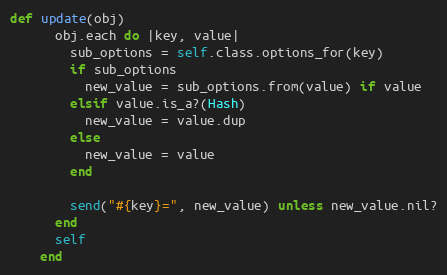
Language: Ruby
def update(obj)
      obj.each do |key, value|
        sub_options = self.class.options_for(key)
        if sub_options
          new_value = sub_options.from(value) if value
        elsif value.is_a?(Hash)
          new_value = value.dup
        else
          new_value = value
        end

        send("#{key}=", new_value) unless new_value.nil?
      end
      self
    end